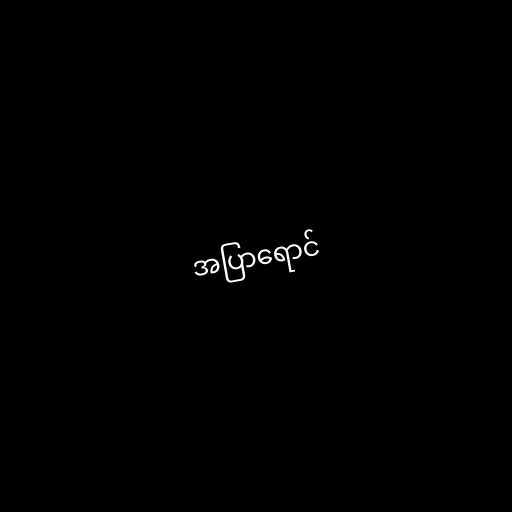
အပြာရောင်